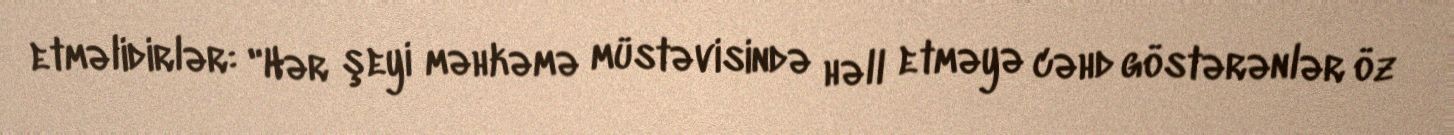
etməlidirlər: "Hər şeyi məhkəmə müstəvisində həll etməyə cəhd göstərənlər öz